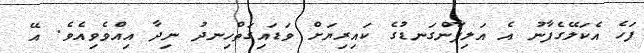
ފަހެ އެކަލޭގެފާނު އެ އަލިފާންގަނޑުގެ ކައިރިޔަށް ވަޑައިގަތްހިނދު ނިދާ އިއްވެވިއެވެ. އޭ